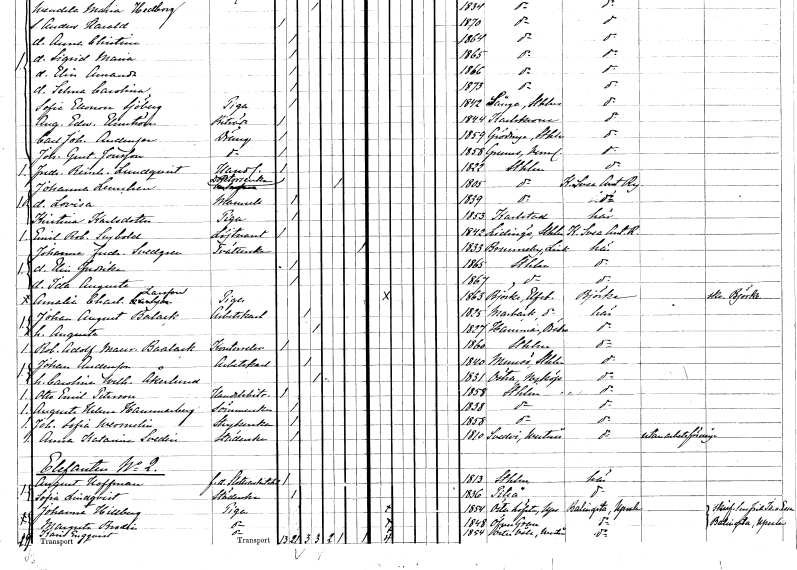
gt_parse: households: individuals: FN: Fredrik Reinhold
EN: Lundqvist
YRKE: Handlande
KON: M
CIV: O
FODAR: 1822
FODFORS: Stockholm
FN: Johanna
EN: Lemchen
YRKE: Doktorsänka
KON: K
CIV: E
FODAR: 1805
FODFORS: Stockholm
FN: Lovisa
KON: K
CIV: O
FODAR: 1839
FODFORS: Stockholm
FN: Kristina
EN: Karlsdotter
YRKE: Piga
KON: K
CIV: O
FODAR: 1853
FODFORS: Karlstad Värmlands län
FN: Emil Robert
EN: Seybold
YRKE: Löjtnant
KON: M
CIV: O
FODAR: 1842
FODFORS: Lidingö Stockholms län
FN: Johanna Fredrika
EN: Svedgren
YRKE: Tvätterska
KON: K
CIV: X
FODAR: 1833
FODFORS: Brunneby Östergötlands län
FN: Elin Fredrika
KON: K
CIV: O
FODAR: 1865
FODFORS: Stockholm
FN: Ida Augusta
KON: K
CIV: O
FODAR: 1867
FODFORS: Stockholm
FN: Amalia Charlotta
EN: Larsson
YRKE: Piga
KON: K
CIV: O
FODAR: 1863
FODFORS: Björke Älvsborgs län
FN: Johan August
EN: Balack
YRKE: Arbetskarl
KON: M
CIV: G
FODAR: 1825
FODFORS: Marbäck Älvsborgs län
FN: Augusta
KON: K
CIV: G
FODAR: 1827
FODFORS: Hammar Örebro län
FN: Robert Adolf Mauritz
EN: Baalack
YRKE: Kontorselev
KON: M
CIV: O
FODAR: 1860
FODFORS: Stockholm
FN: Johan
EN: Andersson
YRKE: Arbetskarl
KON: M
CIV: G
FODAR: 1840
FODFORS: Muskö Stockholms län
FN: Carolina Wilhelmina
EN: Åkerlund
KON: K
CIV: G
FODAR: 1831
FODFORS: Nyköpings östra Södermanlands län
FN: Otto Emil
EN: Peterson
YRKE: Handelsbiträde
KON: M
CIV: O
FODAR: 1858
FODFORS: Stockholm
FN: Augusta Helena
EN: Hammarberg
YRKE: Sömmerska
KON: K
CIV: O
FODAR: 1838
FODFORS: Stockholm
FN: Johanna Sofia
EN: Wermelin
YRKE: Strykerska
KON: K
CIV: O
FODAR: 1858
FODFORS: Stockholm
FN: Anna Katarina
EN: Svedin
YRKE: Städerska
KON: K
CIV: O
FODAR: 1810
FODFORS: Svedvi Västmanlands län
FN: August
EN: Hoffman
YRKE: Slottsarkitekt f.d.
KON: M
CIV: O
FODAR: 1813
FODFORS: Stockholm
FN: Sofia
EN: Lindqvist
YRKE: Städerska
KON: K
CIV: O
FODAR: 1836
FODFORS: Piteå Norrbottens län
FN: Johanna
EN: Hillberg
YRKE: Piga
KON: K
CIV: O
FODAR: 1854
FODFORS: Österlövsta Uppsala län
FN: Margreta
EN: Brodin
YRKE: Piga
KON: K
CIV: O
FODAR: 1848
FODFORS: Övergran Uppsala län
FN: Karin
EN: Engqvist
YRKE: Piga
KON: K
CIV: O
FODAR: 1854
FODFORS: Östervåla Västmanlands län